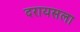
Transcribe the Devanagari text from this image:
दरायसला